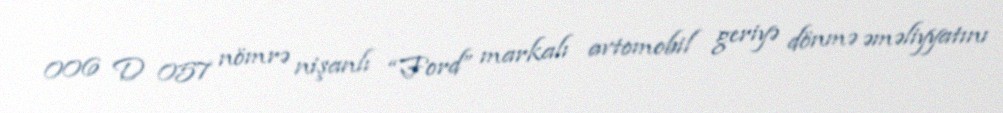
006 D 057 nömrə nişanlı “Ford” markalı avtomobil geriyə dönmə əməliyyatını